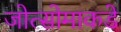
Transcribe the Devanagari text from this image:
जोत्सोमाकडे